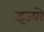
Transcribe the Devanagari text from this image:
इज्यो